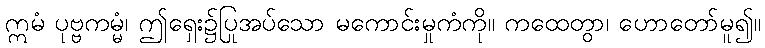
ဣမံ ပုဗ္ဗကမ္မံ၊ ဤရှေး၌ပြုအပ်သော မကောင်းမှုကံကို။ ကထေတွာ၊ ဟောတော်မူ၍။